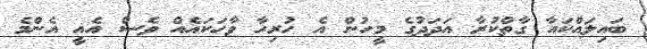
ބައިލައްކައާ ގާތްކުރާ އަދަދުގެ މީހުން އެ ހުރިހާ ވާހަކައެއް ވެސް އެއީ އެންމެ